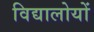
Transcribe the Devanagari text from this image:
विद्यालोयों